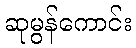
ဆုမွန်ကောင်း